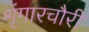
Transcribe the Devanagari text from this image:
शृंगारचौरी